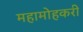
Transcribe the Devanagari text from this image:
महामोहकरी